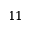
1 1